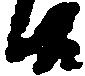
候